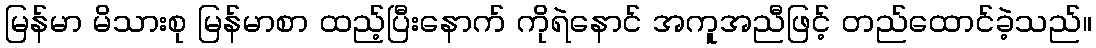
မြန်မာ မိသားစု မြန်မာစာ ထည့်ပြီးနောက် ကိုရဲနောင် အကူအညီဖြင့် တည်ထောင်ခဲ့သည်။